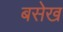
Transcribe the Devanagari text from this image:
बसेख